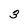
Character: 3